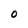
Character: o